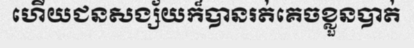
ហើយជនសង្ស័យក៏បានរត់គេចខ្លួនបាត់